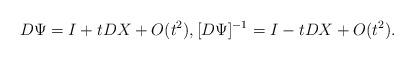
\begin{align*}D\Psi=I+tD X+O(t^{2}),[D\Psi]^{-1}=I-tD X+O(t^{2}).\end{align*}